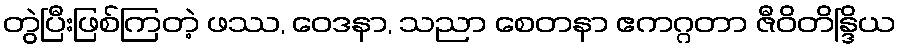
တွဲပြီးဖြစ်ကြတဲ့ ဖဿ, ဝေဒနာ, သညာ စေတနာ ဧကဂ္ဂတာ ဇီဝိတိန္ဒြိယ